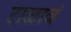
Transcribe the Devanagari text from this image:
टाळावं